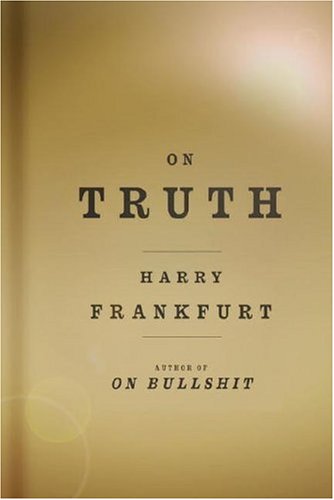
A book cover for On Truth; Harry G. Frankfurt; Politics & Social Sciences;